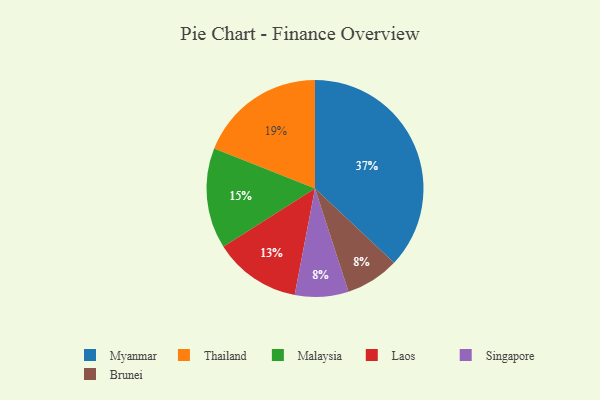
{"axis": {"x": "Category", "y": "Percentage"}, "legend": ["Brunei", "Laos", "Malaysia", "Myanmar", "Singapore", "Thailand"], "data": [{"x": "Malaysia", "y": 15, "type": "Malaysia"}, {"x": "Singapore", "y": 8, "type": "Singapore"}, {"x": "Laos", "y": 13, "type": "Laos"}, {"x": "Brunei", "y": 8, "type": "Brunei"}, {"x": "Thailand", "y": 19, "type": "Thailand"}, {"x": "Myanmar", "y": 37, "type": "Myanmar"}]}